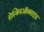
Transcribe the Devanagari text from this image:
सेस्क्विऑक्साइड